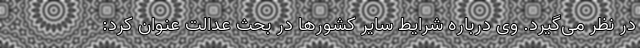
در نظر می‌گیرد. وی درباره شرایط سایر کشورها در بحث عدالت عنوان کرد: